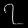
Digit: ၇